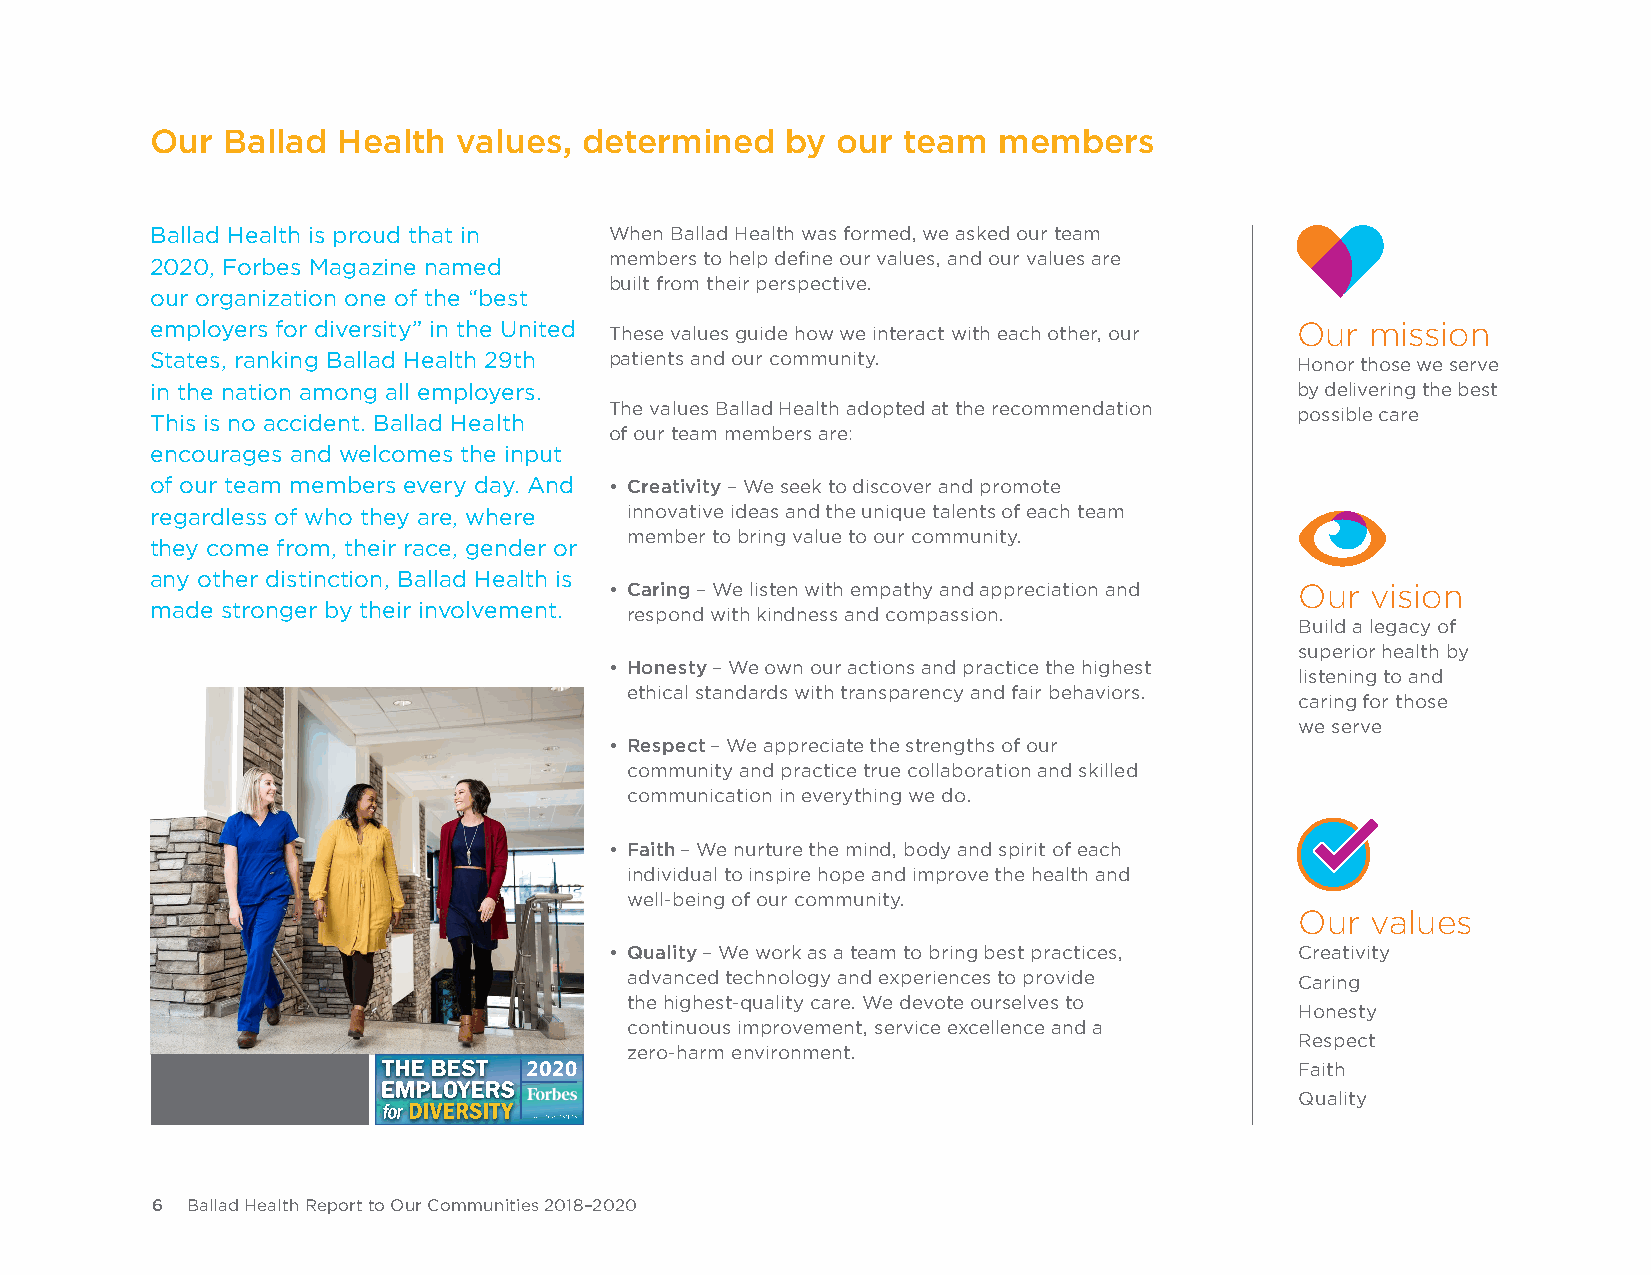
Our  Ballad Health  values,  determined   by our  team  members
 Ballad Health is proud that in When Ballad Health was formed, we asked our team
 members to help define our values, and our values are
 2020, Forbes Magazine named
 built from their perspective.
 our organization one of the “best
 employers for diversity” in the United These values guide how we interact with each other, our Our mission
 States, ranking Ballad Health 29th patients and our community.              Honor those we serve
 in the nation among all employers.                                          by delivering the best
 The values Ballad Health adopted at the recommendation possible care
 This is no accident. Ballad Health
 of our team members are:
 encourages and welcomes the input
 of our team members every day. And • Creativity – We seek to discover and promote
 regardless of who they are, where innovative ideas and the unique talents of each team
 member to bring value to our community.
 they come from, their race, gender or
 any other distinction, Ballad Health is
 • Caring – We listen with empathy and appreciation and Our vision
 made stronger by their involvement. respond with kindness and compassion.
 Build a legacy of
 superior health by
 • Honesty – We own our actions and practice the highest
 listening to and
 ethical standards with transparency and fair behaviors.
 caring for those
 we serve
 • Respect – We appreciate the strengths of our
 community and practice true collaboration and skilled
 communication in everything we do.
 • Faith – We nurture the mind, body and spirit of each
 individual to inspire hope and improve the health and
 well-being of our community.
 Our  values
 • Quality – We work as a team to bring best practices, Creativity
 advanced technology and experiences to provide Caring
 the highest-quality care. We devote ourselves to
 Honesty
 continuous improvement, service excellence and a
 Respect
 zero-harm environment.
 Faith
 Quality
 6 Ballad Health Report to Our Communities 2018–2020